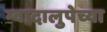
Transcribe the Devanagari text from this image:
ग्वादालुपेच्या